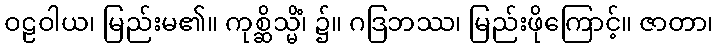
ဝဠဝါယ၊ မြည်းမ၏။ ကုစ္ဆိသ္မိံ၊ ၌။ ဂဒြဘဿ၊ မြည်းဖိုကြောင့်။ ဇာတာ၊